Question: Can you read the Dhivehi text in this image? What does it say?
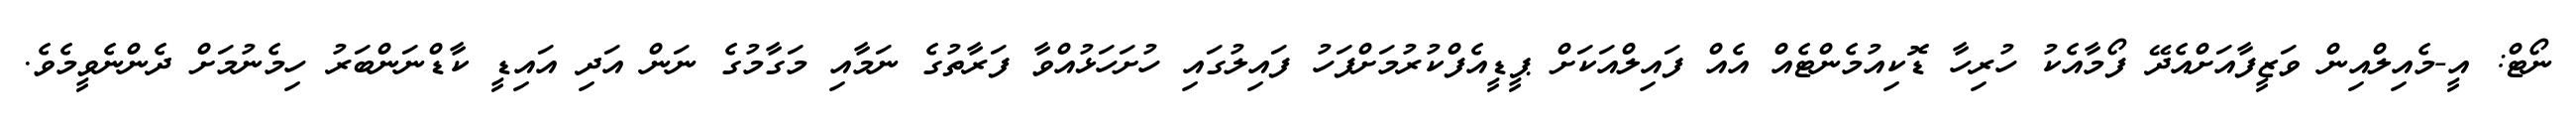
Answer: ނޯޓް: އީ-މެއިލްއިން ވަޒީފާއަށްއެދޭ ފޯމާއެކު ހުރިހާ ޑޮކިއުމެންޓެއް އެއް ފައިލްއަކަށް ޕީޑީއެފްކުރުމަށްފަހު ފައިލުގައި ހުށަހަޅުއްވާ ފަރާތުގެ ނަމާއި މަގާމުގެ ނަން އަދި އައިޑީ ކާޑްނަންބަރު ހިމެނުމަށް ދެންނެވީމެވެ.